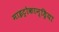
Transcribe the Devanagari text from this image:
माइट्रोकान्ड्रिया